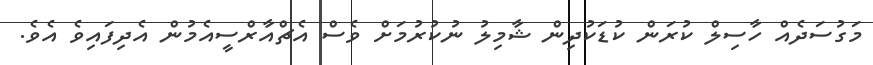
މަގުސަދެއް ހާސިލް ކުރަން ކުޑަކުދިން ޝާމިލު ނުކުރުމަށް ވެސް އެޗްއާރްސީއެމުން އެދިފައިވެ އެވެ.